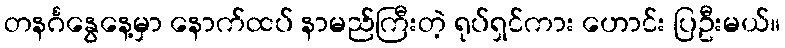
တနင်္ဂနွေနေ့မှာ နောက်ထပ် နာမည်ကြီးတဲ့ ရုပ်ရှင်ကား ဟောင်း ပြဦးမယ်။